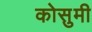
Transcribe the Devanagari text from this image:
कोसुमी